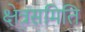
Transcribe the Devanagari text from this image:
क्षेत्रसमिति